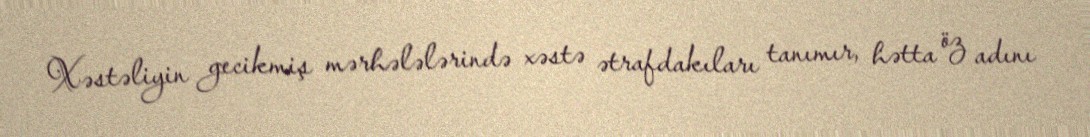
Xəstəliyin gecikmiş mərhələlərində xəstə ətrafdakıları tanımır, hətta öz adını